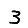
Digit: 3